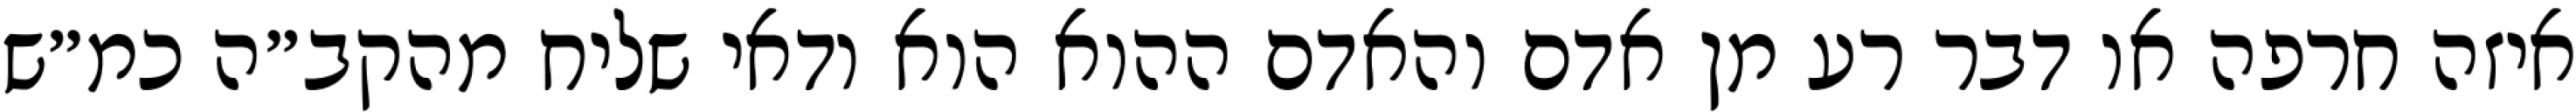
איזה חרפה או דבר רע מן אדם והאדם ההוא הוא ודאי שליח מהקב״ה כמ״ש